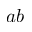
a b